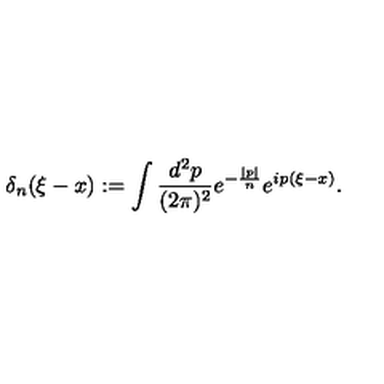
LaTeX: \delta _ { n } ( \xi - x ) : = \int \frac { d ^ { 2 } p } { ( 2 \pi ) ^ { 2 } } e ^ { - \frac { | p | } { n } } e ^ { i p ( \xi - x ) } .